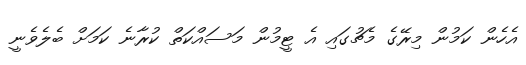
އެހެން ކަމުން މިރޭގެ މެޗުގައި އެ ޓީމުން މަސައްކަތް ކުރާނެ ކަމަށް ބެލެވެނީ